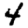
Digit: 4